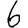
Digit: 6